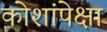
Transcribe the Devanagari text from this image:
कोशांपेक्षा